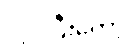
လုပ်ပြီးတော့